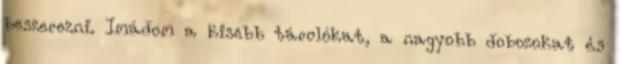
beszerezni. Imádom a kisebb tárolókat, a nagyobb dobozokat és